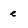
Character: e